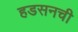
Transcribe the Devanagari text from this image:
हडसनची